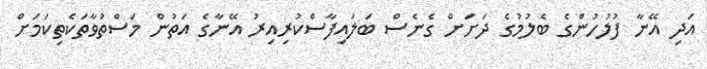
އަދި އޭނާ ފުލުހުންގެ ބެލުމުގެ ދަށަށް ގެނެސް ބަލައިފާސްކުރިއިރު އޭނާގެ އަތުން މަސްތުވާތަކެތިކަމަށް